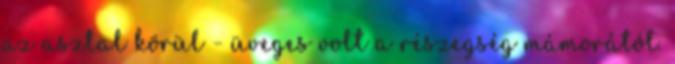
az asztal körül - üveges volt a részegség mámorától.